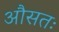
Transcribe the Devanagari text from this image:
औसतः